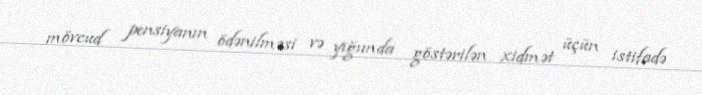
mövcud pensiyanın ödənilməsi və yığımda göstərilən xidmət üçün istifadə